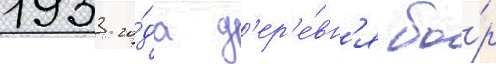
1933 го́да д'ер'е́вн'я бо́р